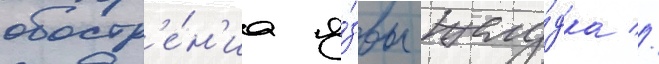
обостр'е́н'иа я́звы желу́дка //